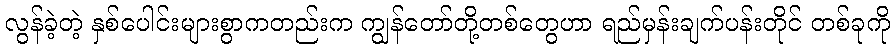
လွန်ခဲ့တဲ့ နှစ်ပေါင်းများစွာကတည်းက ကျွန်တော်တို့တစ်တွေဟာ ရည်မှန်းချက်ပန်းတိုင် တစ်ခုကို